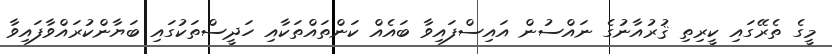
މީގެ ތެރޭގައި ކީރިތި ޤުރުއާނުގެ ނައްސުން އައިސްފައިވާ ބައެއް ކަންތައްތަކާއި ހަދީސްތަކުގައި ބަޔާންކުރައްވާފައިވާ